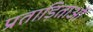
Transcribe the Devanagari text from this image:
प्रताड़िताओं